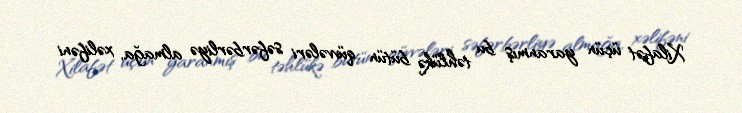
Xilafət üçün yaranmış bu təhlükə bütün qüvvələri səfərbərliyə almağa, xəlifəni